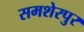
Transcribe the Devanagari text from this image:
समशेरपुर